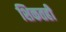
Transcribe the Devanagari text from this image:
शिकतही